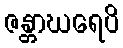
ဇန္တာဃရေပိ